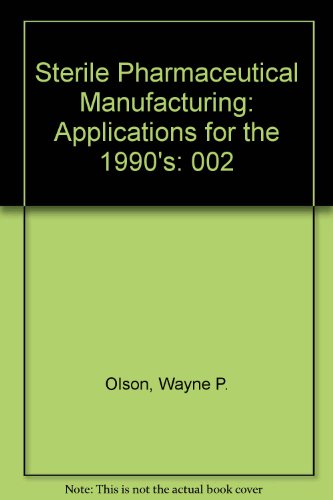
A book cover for Sterile Pharmaceutical Manufacturing: Applications for the 1990's; Wayne P. Olson; Medical Books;